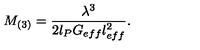
M _ { ( 3 ) } = \frac { \lambda ^ { 3 } } { 2 l _ { P } G _ { e f f } l _ { e f f } ^ { 2 } } .